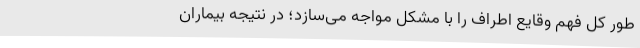
طور کل فهم وقایع اطراف را با مشکل مواجه می‌سازد؛ در نتیجه بیماران